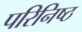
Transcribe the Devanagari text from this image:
परिनिष्ठ